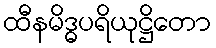
ထီနမိဒ္ဓပရိယုဋ္ဌိတော